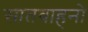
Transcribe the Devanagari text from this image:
सातवाहनो